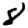
Digit: 8